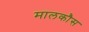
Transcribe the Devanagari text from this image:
मालकौस